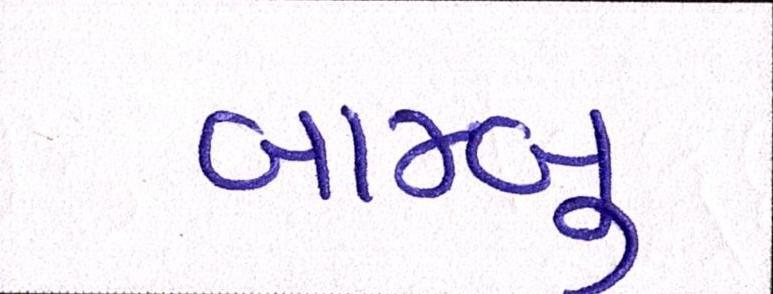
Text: બામ્બુ